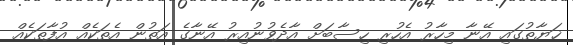
ޚަޔާތުގައި އޭނާ މިހާރު އެހުރި ހިސާބަށް އާދެވުނުއިރު އޭނާގެ އަތުން އެތަކެއް އުފާތަކެއް